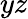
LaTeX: yz